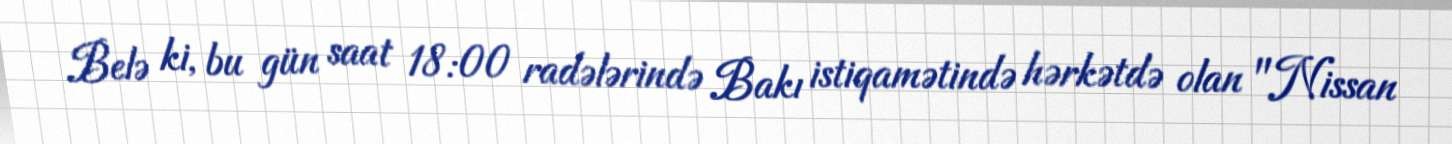
Belə ki, bu gün saat 18:00 radələrində Bakı istiqamətində hərkətdə olan "Nissan